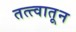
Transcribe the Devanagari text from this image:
तत्त्वातून